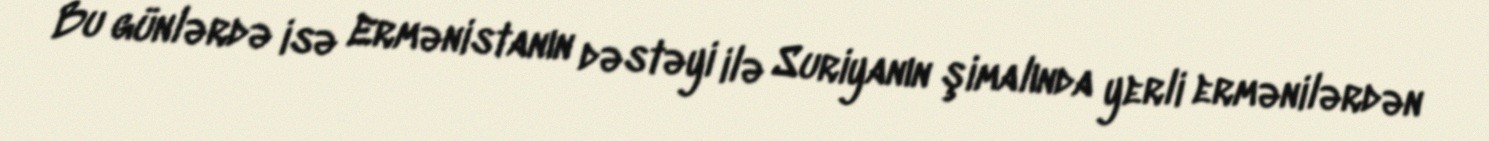
Bu günlərdə isə Ermənistanın dəstəyi ilə Suriyanın şimalında yerli ermənilərdən